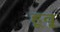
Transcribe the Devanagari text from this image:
हूवू